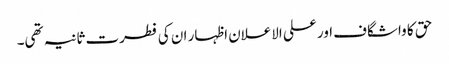
حق کا واشگاف اور علی الاعلان اظہار ان کی فطرت ثانیہ تھی۔